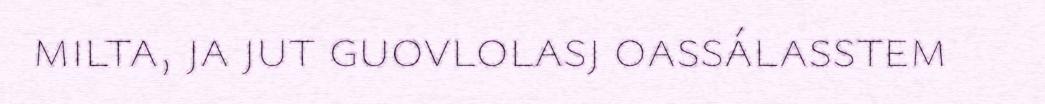
milta, ja jut guovlolasj oassálasstem